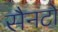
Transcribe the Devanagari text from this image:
सैनटो